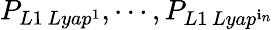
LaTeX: P_{L1\, Lyap^{1}},\cdots,P_{L1\, Lyap^{\mathbf{i}_{n}}}